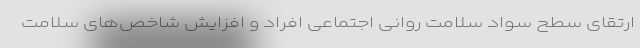
ارتقای سطح سواد سلامت روانی اجتماعی افراد و افزایش شاخص‌های سلامت